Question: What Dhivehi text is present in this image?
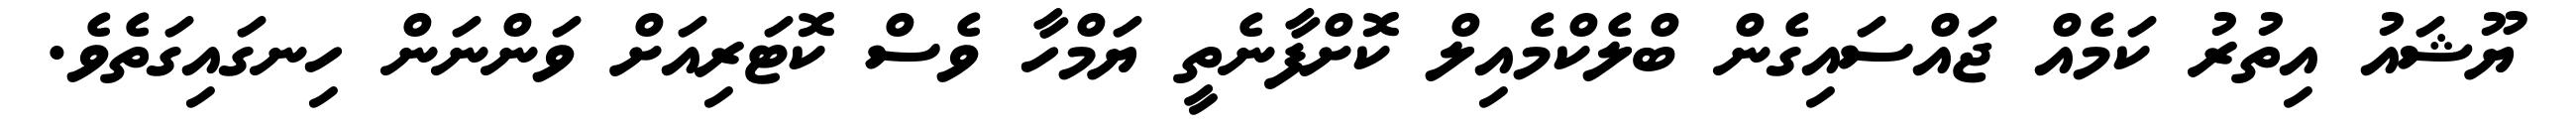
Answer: ޔޫޝައު އިތުރު ކަމެއް ޖައްސައިގެން ބްލެކްމެއިލް ކޮށްފާނެތީ ޔަމްހާ ވެސް ކޮޓަރިއަށް ވަންނަން ހިނގައިގަތެވެ.